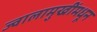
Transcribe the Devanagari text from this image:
ज्वालामुखींमधून